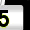
Digit: 5